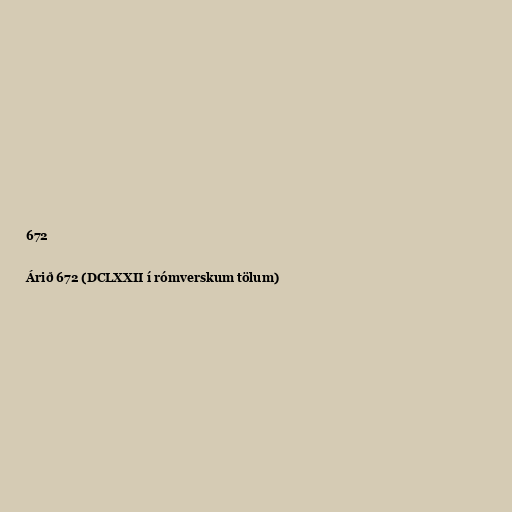
672

Árið 672 (DCLXXII í rómverskum tölum)